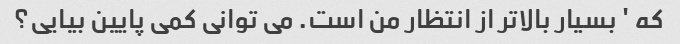
که ' بسیار بالاتر از انتظار من است. می توانی کمی پایین بیایی؟